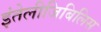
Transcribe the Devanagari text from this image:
इंतेलीजिबिलिस